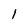
Character: 1